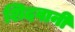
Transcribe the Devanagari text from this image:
शिदवानी